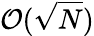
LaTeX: \mathcal{O}(\sqrt{N})